Report of the Municipal Commissioner on the plague in Bombay for the year ending 31st May... - Volume 3
Disease focus: Plague
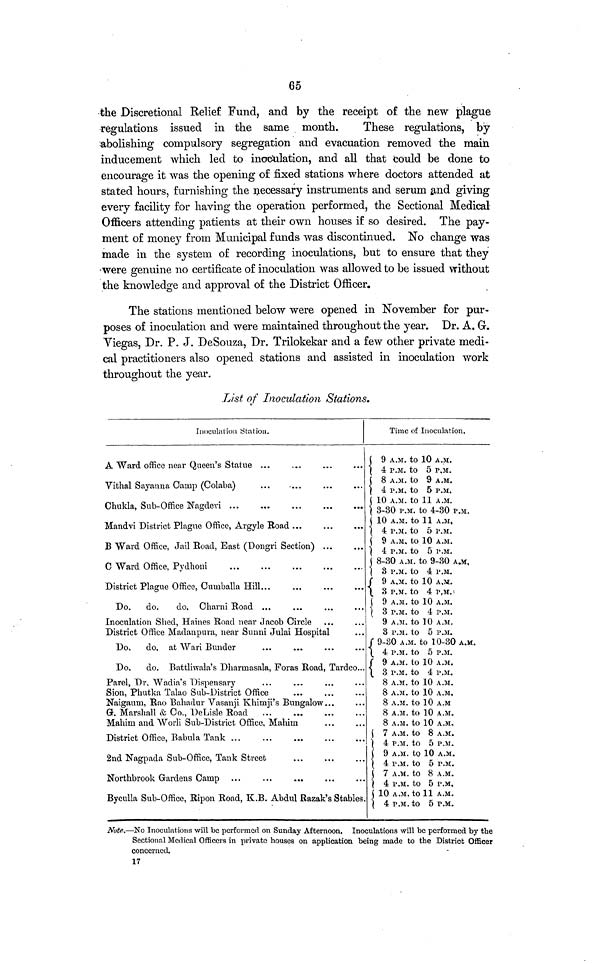
65
the Discretional Relief Fund, and by the receipt of the new plague
regulations issued in the same month.
These regulations, by
abolishing compulsory segregation and evacuation removed the main
inducement which led to inoculation, and all that could be done to
encourage it was the opening of fixed stations where doctors attended at
stated hours, furnishing the necessary instruments and serum and giving
every facility for having the operation performed, the Sectional Medical
Officers attending patients at their own houses if so desired. The pay-
ment of money from Municipal funds was discontinued. No change was
made in the system of recording inoculations, but to ensure that they
were genuine no certificate of inoculation was allowed to be issued without
the knowledge and approval of the District Officer.
The stations mentioned below were opened in November for pur-
poses of inoculation and were maintained throughout the year. Dr. A. G.
Viegas, Dr. P. J. DeSouza, Dr. Trilokekar and a few other private medi-
cal practitioners also opened stations and assisted in inoculation work
throughout the year.
List of Inoculation Stations.
Inoculation Station.
A Ward office near Queen's Statue ...
Vithal Sayanna Camp (Colaba)
Chukla, Sub-Office Nagdevi
Mandvi District Plague Office, Argyle Road
B Ward Office, Jail Road, East (Dongri Section) ...
C Ward Office, Pydhoni
District Plague Office, Cumballa Hill...
Do. do.
do, Charni Road ...
Inoculation Shed, Haines Road near Jacob Circle ...
District Office Madanpura, near Sunni Julai Hospital
Do. do, at Wari Bunder
Do,
do. Battliwala's Dharmasala, Foras Road, Tardeo...
Parel, Dr. Wadia's Dispensary
Sion, Phutka Talao Sub-District Office
Naigaum, Rao Balladur Vasanji Khimji's Bungalow...
G. Marshall & Co., DeLisle Road
Mahim and Worli Sub-District Office, Mahim
District Office, Babula Tank ...
2nd Nagpada Sub-Office, Tank Street
Northbrook Gardens Camp
Byculla Sub-Office, Ripon Road, K.B. Abdul Razak's Stables.
Time of Inoculation.
9 A.M. to 10 A.M.
4 P.M. to 5 P,M.
8 A.M. to 9 A.M.
4 P.M. to 5 P.M.
10 A.M. to 11 A.M.
\ 3-30 P.M. to 4-30 P.M.
10 A.M. to 11 A.M,
4 P.M. to 5 P.M.
9 A.M. to 10 A.M.
\ 4 P.M. to 5 P.M.
8-30 A.M. to 9-30 A.M,
3 P.M. to 4 P.M.
9 A.M. to 10 A.M.
3 P.M. to 4 P.M.
9 A.M. to 10 A.M.
3 P.M. to 4 P.M.
9 A.M. to 10 A.M.
3 P.M. to 5 P.M.
9-30 A.M. to 10-30 A.M.
4 P.M. to 5 P.M.
9 A.M. to 10 A.M.
3 P.M. to 4 P.M.
8 A.M. to 10 A.M.
8 A.M. to 10 A.M.
8 A.M. to 10 A.M
8 A.M. to 10 A.M.
8 A.M. to 10 A.M.
7 A.M. to 8 A.M.
4 P.M. to 5 P.M.
9 A.M. to 10 A.M.
4 P.M. to 5 P.M.
7 A.M. to 8 A.M.
4 P.M. to 5 P.M.
10 A.M. to 11 A.M.
4 P.M. to 5 P.M.
Note.—No Inoculations will be performed on Sunday Afternoon. Inoculations will be performed by the
Sectional Medical Officers in private houses on application being made to the District Officer
concerned.
17